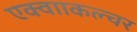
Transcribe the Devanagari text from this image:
एक्वााकल्चर